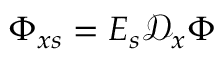
\Phi _ { x s } = E _ { s } \mathcal { D } _ { x } \boldsymbol { \Phi }